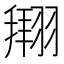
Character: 𫅫